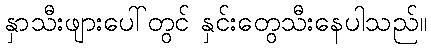
နှာသီးဖျားပေါ်တွင် နှင်းတွေသီးနေပါသည်။